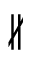
\nparallel